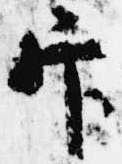
官